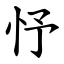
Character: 忬